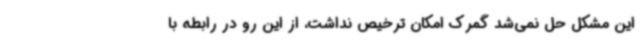
این مشکل حل نمی‌شد گمرک امکان ترخیص نداشت، از این رو در رابطه با